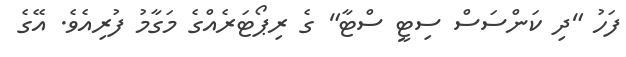
ފަހު "ދި ކަންސަސް ސިޓީ ސްޓާ" ގެ ރިޕޯޓަރެއްގެ މަގާމު ފުރިއެވެ. އޭގެ